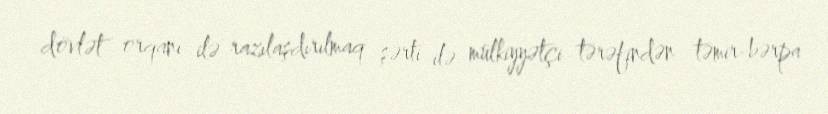
dövlət orqanı ilə razılaşdırılmaq şərti ilə mülkiyyətçi tərəfindən təmir-bərpa